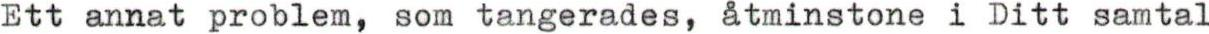
Ett annat problem, som tangerades, åtminstone i Ditt samtal